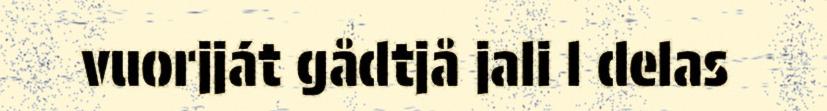
vuorjját gådtjå jali l delas